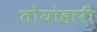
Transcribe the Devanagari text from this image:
तोयोहारी